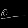
Digit: ၉